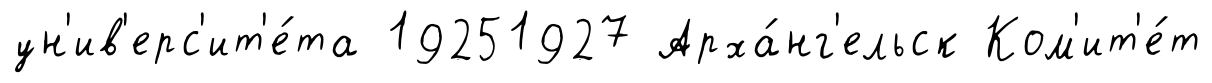
ун'ив'ерс'ит'е́та 19251927 Арха́нг'ельск Ком'ит'е́т